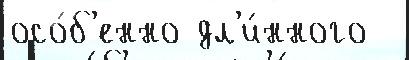
осо́б'енно дл'и́нного